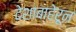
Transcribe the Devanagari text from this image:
देशाबाहेरून